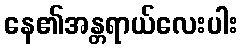
နေ၏အန္တရာယ်လေးပါး